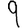
Digit: 9